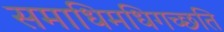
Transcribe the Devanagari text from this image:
समाधिमधिगच्छति